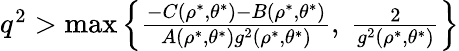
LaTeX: \begin{array}{r}{q^{2}>\operatorname*{max}\left\lbrace\frac{-C(\rho^{\ast},\theta^{\ast})-B(\rho^{\ast},\theta^{\ast})}{A(\rho^{\ast},\theta^{\ast})g^{2}(\rho^{\ast},\theta^{\ast})},~\frac{2}{g^{2}(\rho^{\ast},\theta^{\ast})}\right\rbrace}\end{array}